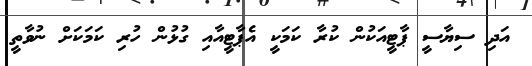
އަދި ސިޔާސީ ޕާޓީއަކުން ކުރާ ކަމަކީ އެޕާޓީއާއި ގުޅުން ހުރި ކަމަކަށް ނުވާތީ